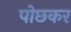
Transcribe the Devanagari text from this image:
पोछकर